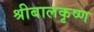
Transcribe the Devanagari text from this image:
श्रीबालकृष्ण